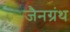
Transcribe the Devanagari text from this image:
जैनग्रंथ